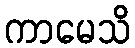
ကာမေသိ